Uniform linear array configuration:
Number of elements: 4
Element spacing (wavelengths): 0.5
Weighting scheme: kaiser
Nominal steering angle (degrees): -60
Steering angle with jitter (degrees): -60.338
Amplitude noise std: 0.05
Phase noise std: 0.05

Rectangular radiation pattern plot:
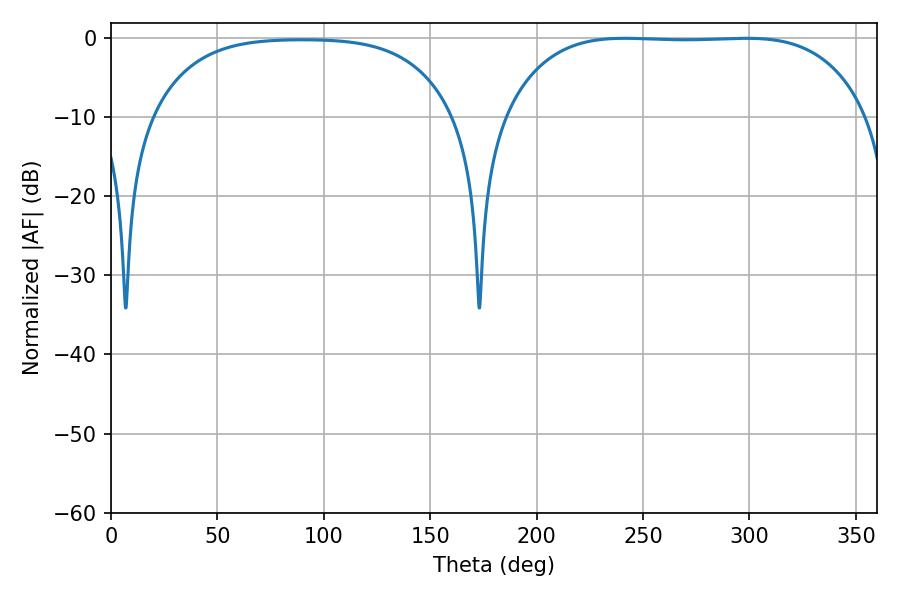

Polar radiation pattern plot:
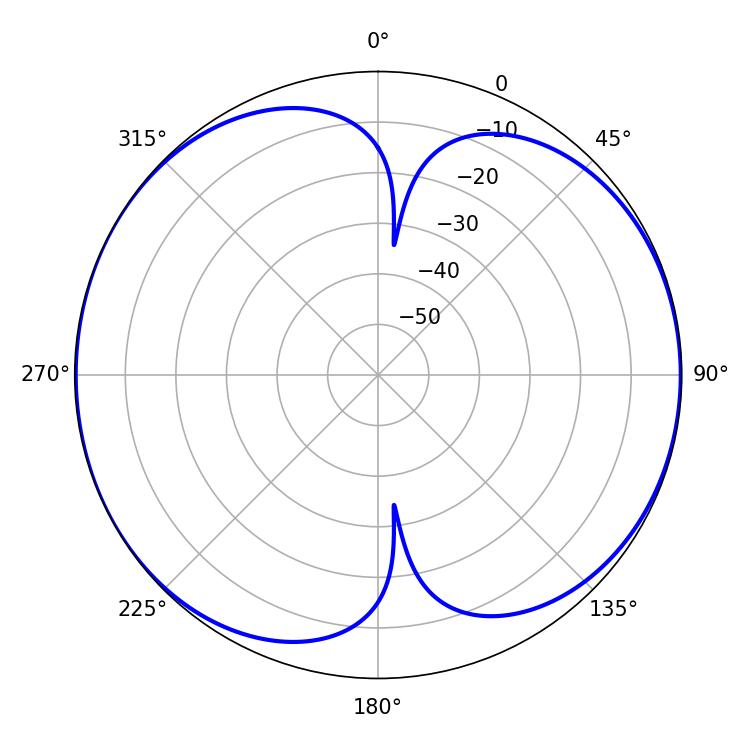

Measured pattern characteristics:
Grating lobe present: FALSE
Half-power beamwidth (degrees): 132.12
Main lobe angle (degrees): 241.38